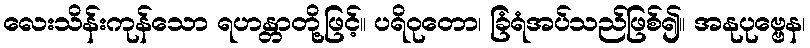
လေးသိန်းကုန်သော ရဟန္တာတို့ဖြင့်။ ပရိဝုတော၊ ခြံရံအပ်သည်ဖြစ်၍။ အနုပုဗ္ဗေန၊